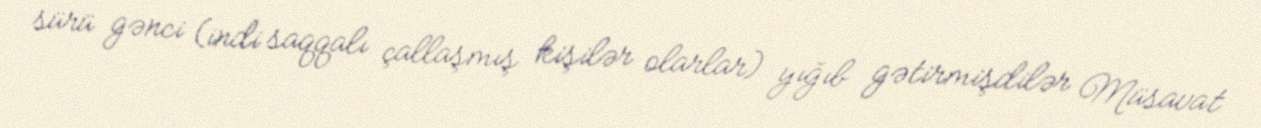
sürü gənci (indi saqqalı çallaşmış kişilər olarlar) yığıb gətirmişdilər Müsavat